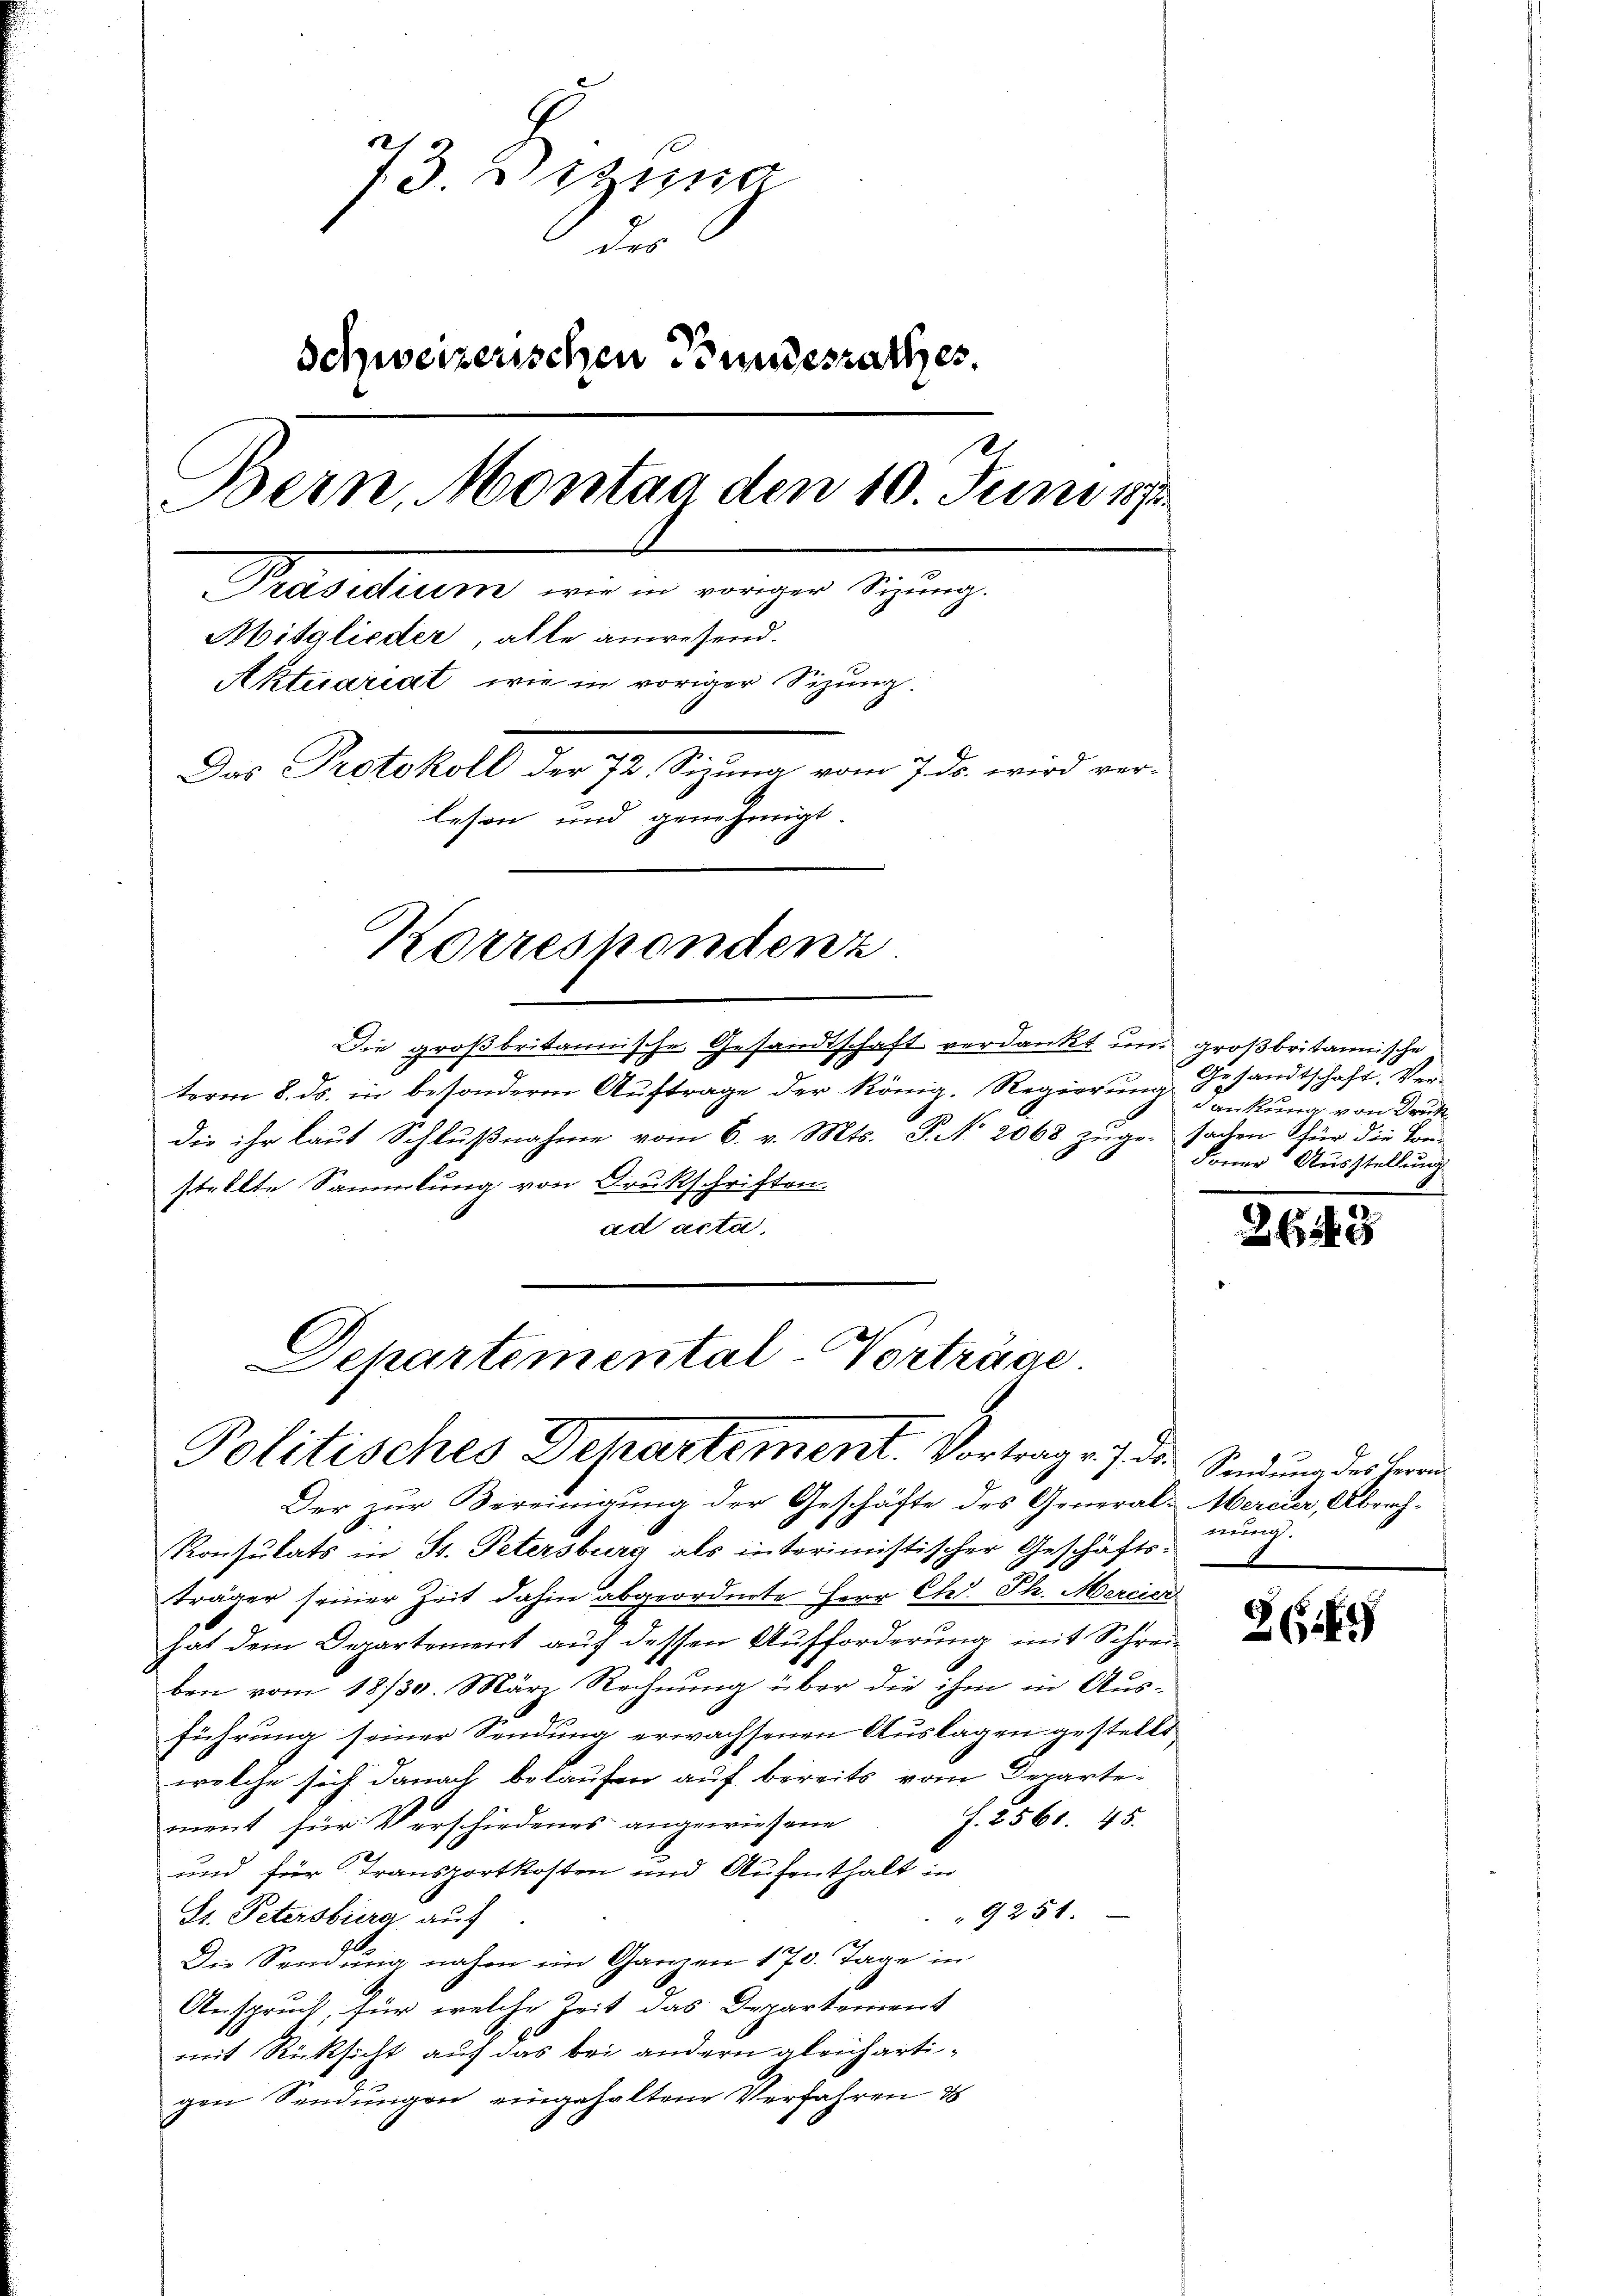
73. Sitzung
" des
Schweizerischen Bundesrathes.
Bern, Montag den 10. Juni 1873.
e
Prasadium wir in voriger Sitzung
Mitglieder, alle anwesend.
Aktuariat wie in voriger Sizung.
Das Protokoll der 72. Sizung vom 7. ds. wird verlesen und genehmigt.
Korrespondenz.

Die großbritannische Gesandtschaft verdankt und großbritannische
term 8. ds. in besondere Auftrage der König. Regierung
die ihr laut Schlußnahme vom 6. v. Mts. S. No 2068 zugesachen für die Tor-
stellte Sammlung von Drukschriften.
ad acta.

Schartemental Vorträge
Politisches Departement. Vortrag v. J. ds. Sendung des Herrn

Der zur Bereinigung der Geschäfte des General-Mercier, Abrech¬
Konsulats in B. Petersburg als interimistischer Geschäftsträger seiner Zeit dahin abgeordnete Herr Chr. Ph. Mercice
hat dem Departement auf dessen Aufforderung mit Schreiben vom 18/30. März Rechnung über die ihm in Aus-
führung seiner Sendung erwachsenen Auslagen gestellt
welche sich danach belaufen auf bereits vom Departe¬
J. 2561. 45.
ment für Verschiedenes angewiesene
und für Transportkosten und Aufenthalt in
9251.
St. Petersburg auf
Die Sendung nahe im Ganzen 170. Tage in
Anspruch, für welche Zeit das Departement
mit Rücksicht auf das bei andern gleichartigen Sendungen eingehaltene Verfahren d

Gesandtschaft. Verdankung von Druck
Forrer Ausstellung

2649

g

2649